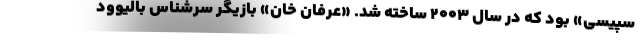
سپیسی» بود که در سال ۲۰۰۳ ساخته شد. «عرفان خان» بازیگر سرشناس بالیوود